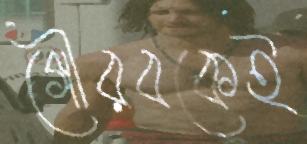
গৌরবকেই